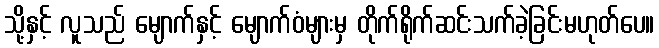
သို့နှင့် လူသည် မျောက်နှင့် မျောက်ဝံများမှ တိုက်ရိုက်ဆင်းသက်ခဲ့ခြင်းမဟုတ်ပေ။